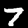
Digit: 7